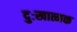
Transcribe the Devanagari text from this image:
दुःखात्मक